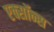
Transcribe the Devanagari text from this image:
एक्सॉन्स